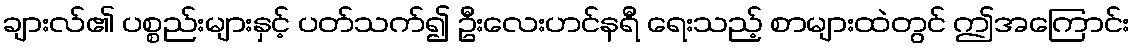
ချားလ်၏ ပစ္စည်းများနှင့် ပတ်သက်၍ ဦးလေးဟင်နရီ ရေးသည့် စာများထဲတွင် ဤအကြောင်း